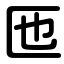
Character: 匜